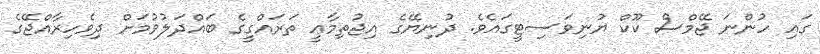
ގައި ހުންނަ ޖޭމްސް ކޫކް ޔުނިވަސިޓީގައެވެ. ދުނިޔޭގެ އިޖުތިމާޢީ ތަރައްގީގެ ބައްދަލުވުމަށް ދިވެހިރާއްޖޭގެ